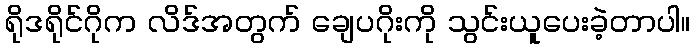
ရိုဒရိုင်ဂိုက လိဒ်အတွက် ချေပဂိုးကို သွင်းယူပေးခဲ့တာပါ။